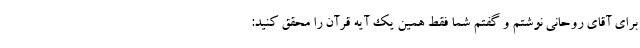
برای آقای روحانی نوشتم و گفتم شما فقط همین یک آیه قرآن را محقق کنید: